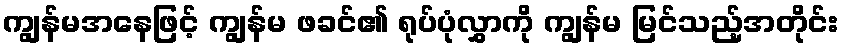
ကျွန်မအနေဖြင့် ကျွန်မ ဖခင်၏ ရုပ်ပုံလွှာကို ကျွန်မ မြင်သည့်အတိုင်း